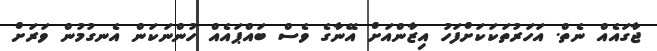
ޖާގައެއް ނެތް. އަހަރުތަކަކަށްފަހު އިޒާންއަށް އޭނާގެ ވެސް ބައްޕައެއް ހުންނަކަން އެނގުމުން ވަރަށް